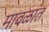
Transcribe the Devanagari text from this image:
मावळांत